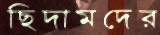
ছিদামদের